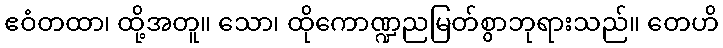
ဧဝံတထာ၊ ထို့အတူ။ သော၊ ထိုကောဏ္ဍညမြတ်စွာဘုရားသည်။ တေဟိ